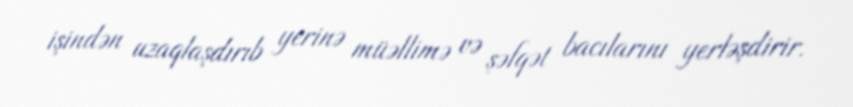
işindən uzaqlaşdırıb yerinə müəllimə və şəfqət bacılarını yerləşdirir.